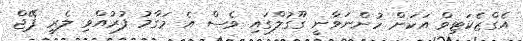
އެގްޒެކަޓިވް އަކަށް ހުންނަވާނީ ގޫގުލްގައި ވެސް އެ މަގާމު ފުރުއްވި ލެރީ ޕޭޖް